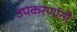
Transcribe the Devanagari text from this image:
उपकरणांनी